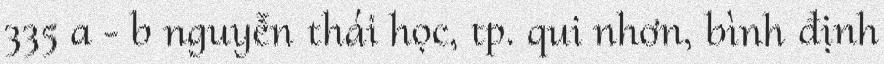
335 a - b nguyễn thái học, tp. qui nhơn, bình định